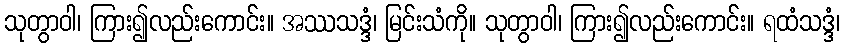
သုတွာဝါ၊ ကြား၍လည်းကောင်း။ အဿသဒ္ဒံ၊ မြင်းသံကို။ သုတွာဝါ၊ ကြား၍လည်းကောင်း။ ရထံသဒ္ဒံ၊